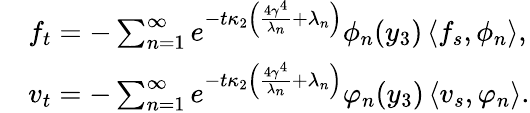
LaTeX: \begin{array}{rl}&{f_{t}=-\sum_{n=1}^{\infty}e^{-t\kappa_{2}\left(\frac{4\gamma^{4}}{\lambda_{n}}+\lambda_{n}\right)}\phi_{n}(y_{3})\left\langle f_{s},\phi_{n}\right\rangle,}\\ &{v_{t}=-\sum_{n=1}^{\infty}e^{-t\kappa_{2}\left(\frac{4\gamma^{4}}{\lambda_{n}}+\lambda_{n}\right)}\varphi_{n}(y_{3})\left\langle v_{s},\varphi_{n}\right\rangle.}\end{array}